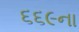
૬૬૯ના